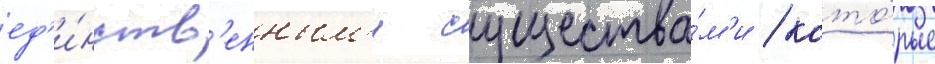
ед'и́нств'енным'и существа́м'и / кото́рые